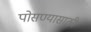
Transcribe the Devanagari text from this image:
पोसण्यासाठी